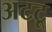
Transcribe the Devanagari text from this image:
अटटू